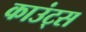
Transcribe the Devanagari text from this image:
काउंट्स